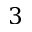
3